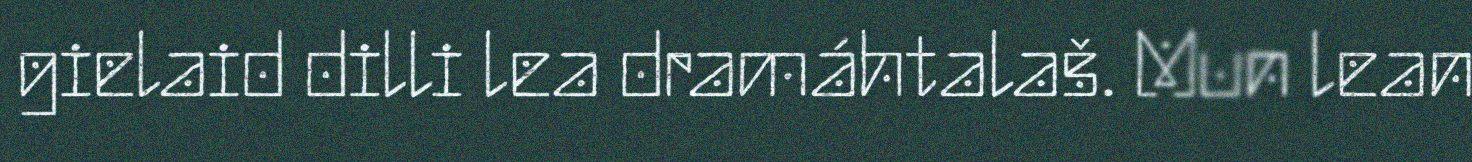
gielaid dilli lea dramáhtalaš. Mun lean